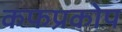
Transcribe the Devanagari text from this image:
कफप्रकोप